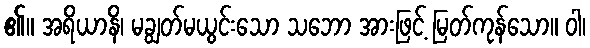
၏။ အရိယာနိ၊ မချွတ်မယွင်းသော သဘော အားဖြင့် မြတ်ကုန်သော။ ဝါ၊